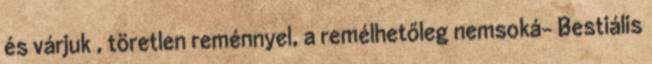
és várjuk , töretlen reménnyel, a remélhetőleg nemsoká- Bestiális